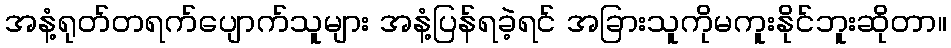
အနံ့ရုတ်တရက်ပျောက်သူများ အနံ့ပြန်ရခဲ့ရင် အခြားသူကိုမကူးနိုင်ဘူးဆိုတာ။